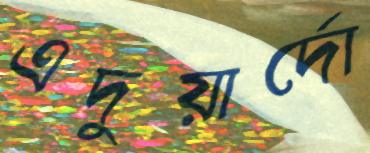
এদুয়ার্দো